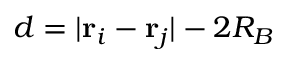
d = \vert \mathbf { r } _ { i } - \mathbf { r } _ { j } \vert - 2 R _ { B }